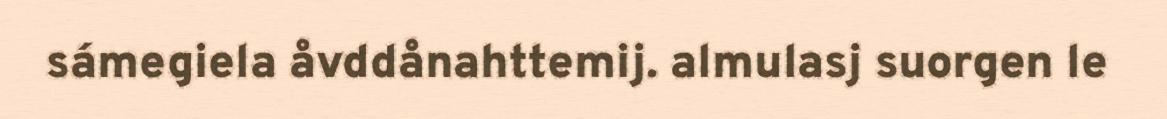
sámegiela åvddånahttemij. almulasj suorgen le